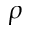
\rho